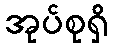
အုပ်စုရှိ